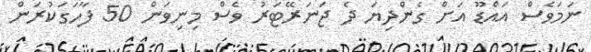
ނަމަވެސް އައްޑޫ އަށް ގެންދިޔަ ދެ ޖަނަރޭޓަރު ވެސް މިނިވަން 50 ފާހަގަކުރަން